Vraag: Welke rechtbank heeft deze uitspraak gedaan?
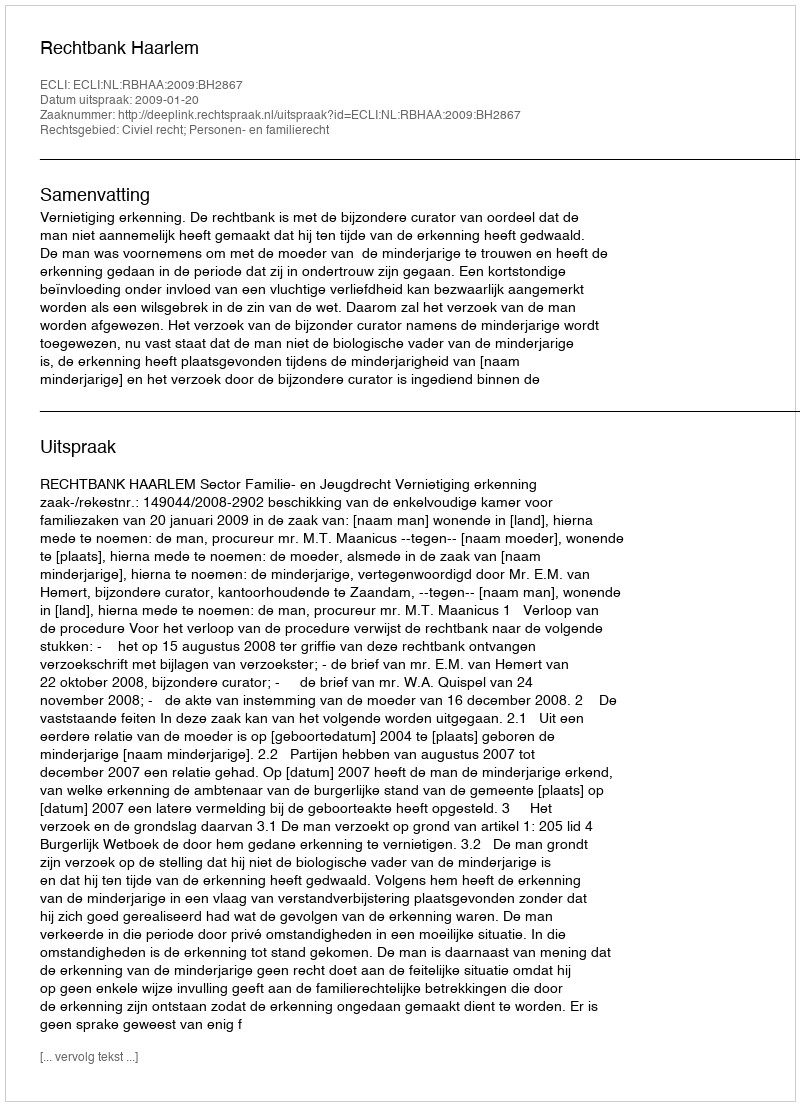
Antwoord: Rechtbank Haarlem